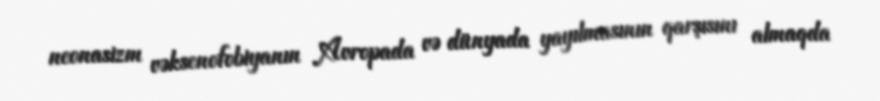
neonasizm vəksenofobiyanın Avropada və dünyada yayılmasının qarşısını almaqda